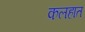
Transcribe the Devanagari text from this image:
कलहात